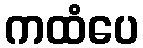
ကထံပေ